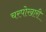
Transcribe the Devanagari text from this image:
चरपोखारी